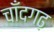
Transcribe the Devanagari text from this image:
चाँदगढ़